Report on sanitation, dispensaries, and jails in Rajputana for 1911, and on vaccination for the year 1911-1912 - 1911-1912
Year: 1911
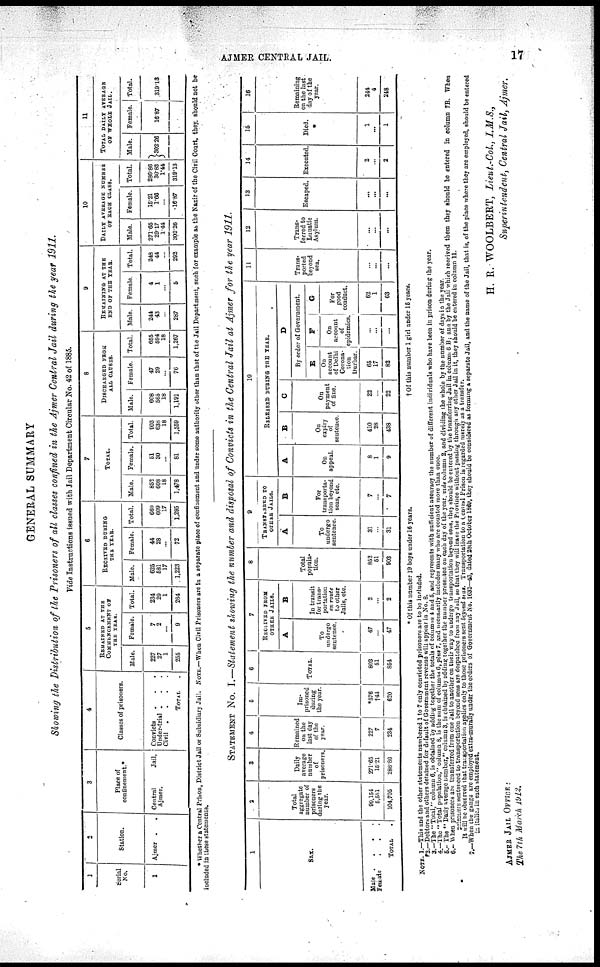
AJMER CENTRAL JAIL.
17
GENERAL SUMMARY
Showing the Distribution of the Prisoners of all classes confined in the Ajmer Central Jail during the year 1911.
Vide Instructions issued with Jail Department Circular No. 42 of 1885.
1
Serial
No.
1
1
2
Station.
Ajmer .
.
3
Place of
confinement.*
Central
Jail,
Ajmer.
4
Classes of prisoners.
Convicts . . .
Under-trial . . .
Civil . . .
TOTAL .
5
REMAINTD AT THE
COMMENCEMENT OF
THE YEAR.
Male.
227
27
1
255
Female.
7
2
...
9
Total.
234
29
1
264
6
RECEIVED DURING
THE YEAR.
Male.
625
581
17
1,223
Female.
44
28
...
72
Total.
660
609
17
1,295
7
TOTAL.
Male.
852
608
18
1,478
Female.
51
30
...
81
Total.
903
638
18
1,559
8
DISCHARGED FROM
ALL CAUSES.
Male.
608
565
18
1,191
Female.
47
29
...
76
Total.
655
594
18
1,267
9
REMAINING AT THE
END OF THE YEAR.
Male.
244
43
...
287
Female.
4
1
...
5
Total.
248
44
...
292
10
DAILY AVERAGE NUMBER
OF EACH CLASS.
Male.
271.65
29.17
1.44
302.26
Female.
15.21
1.66
...
16.87
Total.
286.86
30.83
1.44
319.13
11
TOTAL DAILY AVERAGE
OF WHOLE JAIL.
Male.
302.26
Female.
16.87
Total.
319.13
* Whether a Central Prison, District Jail or Subsidiary Jail. NOTE.—When Civil Prisoners are in a separate place of confinement and under some authority other than that of the Jail Department, such for example as the Nazir of the Civil Court, they should not be
included in these statements.
STATEMENT No. I.—Statement showing the number and disposal of Convicts in the Central Jail at Ajmer for the year 1911.
1
SEX.
Male . . . .
Female . . .
TOTAL
2
Total
aggregate
number of
prisoners
during the
year.
90,154
5,551
104,705
3
Daily
average
number
of
prisoners.
271.65
15.21
288.86
4
Remained
on the
last day
of the
year.
227
7
234
5
Im-
prisoned
during
the year.
*576
†44
620
6
TOTAL.
803
51
854
7
RECEIVED FROM
OTHER JAILS
A
To
undergo
sentence.
47
...
47
B
In transit
for trans-
portation
en route
to other
Jails, etc.
2
...
2
8
Total
popula-
tion.
852
51
903
9
TARNSFERRED TO
OTHER JAILS.
A
To
undergo
sentence.
31
...
31
B
For
transporta-
tion beyond
seas, etc.
7
...
7
10
RELEASED DURING THE YEAR.
A
On
appeal.
8
1
9
B
On
expiry
of
sentence.
410
28
438
C
On
payment
of fine.
22
...
22
D
By order of Government.
E
On
account
of Delhi
Corona-
tion
Durbar.
65
17
82
F
On
account
of
epidemics.
...
...
...
G
For
good
conduct.
62
1
63
11
Trans-
ported
beyond
sea.
...
...
...
12
Trans-
ferred to
Lunatic
Asylum.
...
...
...
13
Escaped.
...
...
...
14
Executed.
2
...
2
15
Died.
1
...
1
16
Remaining
on the last
day of the
year.
244
4
248
* Of this number 19 boys under 16 years.
† Of this number 1 girl under 15 years.
NOTE. 1.—This and the other statements numbered 1 to 7 only convicted prisoners are to be included.
2.—Debtors and others detained for default of Government revenue will appear in No. 8.
3.—The " Total," column 6, is obtained by adding together the totals of columns 4 and 5, and represents with sufficient accuracy the number of different individuals who have been in prison during the year.
4.—The " Total population," column 8, is the sum of columns 6, plus 7, and necessarily includes many who are counted more than once.
5.—The " Daily average Lumber," column 3, is obtained by adding together the number presented on each day of the year, vide column 2, and dividing the whole by the number of days in the year.
6.—When prisoners are transferred from one Jail to another on their way to undergo transportation beyond seas, they should be entered by the transferring Jail in column 6 B; ana by the Jail which received them they should be entered in column 7B. When
prisoners sentenced to transportation beyond seas are despatched from any Jail, so that they will leave the Province without passing through any other Jail in it, they should be entered in column 11.
It will be observed that transportation applies only to those prisoners sent beyond stas. Transportation to a Central Prison is regarded merely as a transfer.
7.—When the gangs are employed extra-murally under the orders of Government No. 1632—43, dated 28th October 1869, they should be considered as forming a separate Jail, and the name of the Jail, that is, of the place whore they ore employed, should be entered
in italics in each statement.
AJMER JAIL OFFICE:
The 7th March 1912.
H. R. WOOLBERT, Lieut.-Col, I.M.S.,
Superintendent, Central Jail, Ajmer.